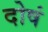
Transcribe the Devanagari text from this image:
दोषं